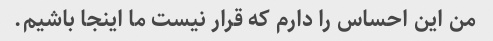
من این احساس را دارم که قرار نیست ما اینجا باشیم.